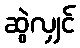
ဆွဲလျှင်